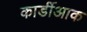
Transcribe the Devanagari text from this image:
कार्डीआक